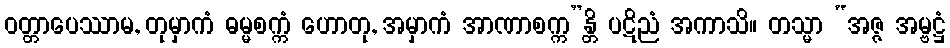
ဝတ္တာပေဿာမ, တုမှာကံ ဓမ္မစက္ကံ ဟောတု, အမှာကံ အာဏာစက္က”န္တိ ပဋိညံ အကာသိ။ တသ္မာ “အဇ္ဇ အမ္ဗဋ္ဌံ